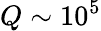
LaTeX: Q\sim 10^{5}